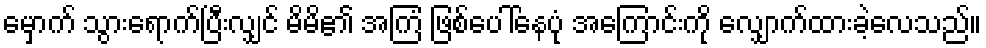
မှောက် သွားရောက်ပြီးလျှင် မိမိ၏ အကြံ ဖြစ်ပေါ်နေပုံ အကြောင်းကို လျှောက်ထားခဲ့လေသည်။